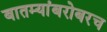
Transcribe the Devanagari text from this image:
बातम्यांबरोबरच